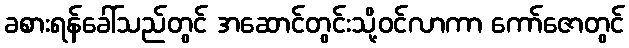
ခစားရန်ခေါ်သည်တွင် အဆောင်တွင်းသို့ဝင်လာကာ ကော်ဇောတွင်